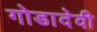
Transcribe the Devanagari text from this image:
गोडादेवी